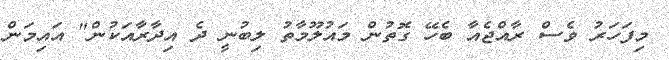
މިފަހަރު ވެސް ރާއްޖެއާ ބެހޭ ގޮތުން މައުލޫމާތު ލިބުނީ ދެ އިދާރާއަކުން" އައިމަން